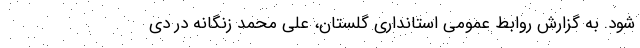
شود. به گزارش روابط عمومی استانداری گلستان، علی محمد زنگانه در دی